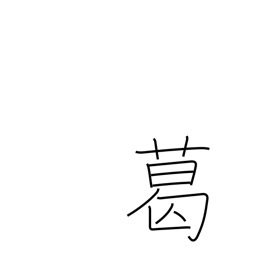
Meaning: arrowroot